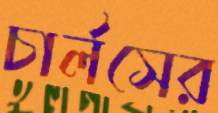
চার্লসের